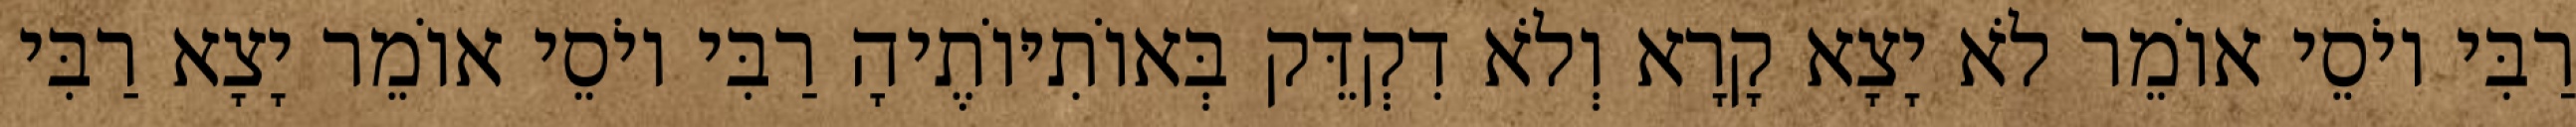
רַבִּי יוֹסֵי אוֹמֵר לֹא יָצָא קָרָא וְלֹא דִקְדֵּק בְּאוֹתִיּוֹתֶיהָ רַבִּי יוֹסֵי אוֹמֵר יָצָא רַבִּי